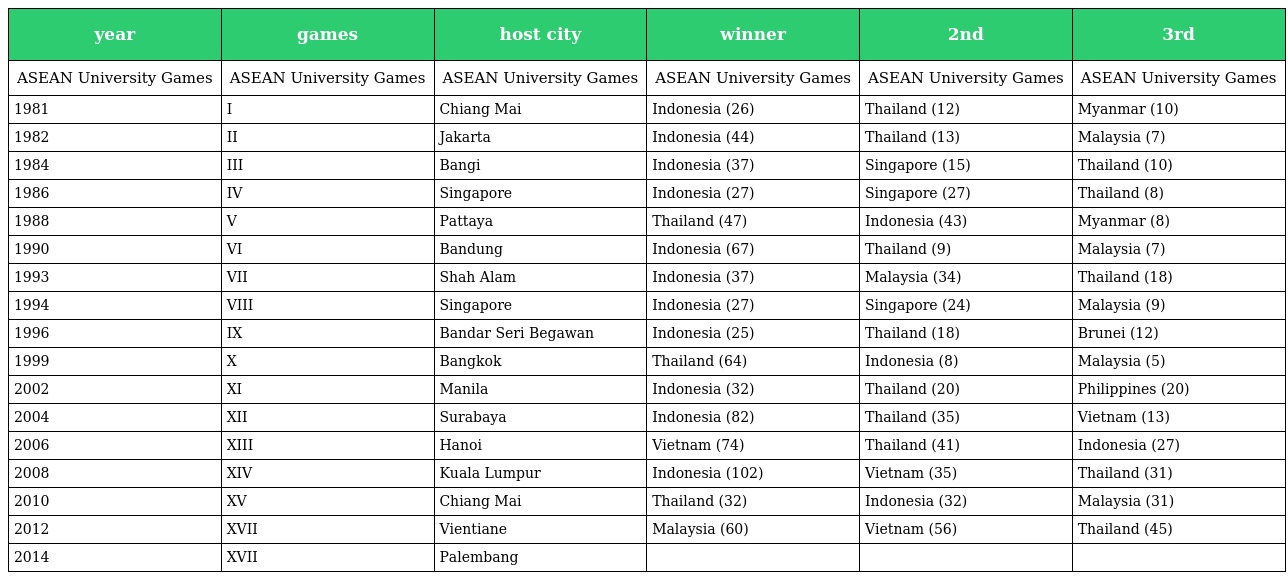
| year | games | host city | winner | 2nd | 3rd |
 | --- | --- | --- | --- | --- | --- |
 | ASEAN University Games | ASEAN University Games | ASEAN University Games | ASEAN University Games | ASEAN University Games | ASEAN University Games |
 | 1981 | I | Chiang Mai | Indonesia (26) | Thailand (12) | Myanmar (10) |
 | 1982 | II | Jakarta | Indonesia (44) | Thailand (13) | Malaysia (7) |
 | 1984 | III | Bangi | Indonesia (37) | Singapore (15) | Thailand (10) |
 | 1986 | IV | Singapore | Indonesia (27) | Singapore (27) | Thailand (8) |
 | 1988 | V | Pattaya | Thailand (47) | Indonesia (43) | Myanmar (8) |
 | 1990 | VI | Bandung | Indonesia (67) | Thailand (9) | Malaysia (7) |
 | 1993 | VII | Shah Alam | Indonesia (37) | Malaysia (34) | Thailand (18) |
 | 1994 | VIII | Singapore | Indonesia (27) | Singapore (24) | Malaysia (9) |
 | 1996 | IX | Bandar Seri Begawan | Indonesia (25) | Thailand (18) | Brunei (12) |
 | 1999 | X | Bangkok | Thailand (64) | Indonesia (8) | Malaysia (5) |
 | 2002 | XI | Manila | Indonesia (32) | Thailand (20) | Philippines (20) |
 | 2004 | XII | Surabaya | Indonesia (82) | Thailand (35) | Vietnam (13) |
 | 2006 | XIII | Hanoi | Vietnam (74) | Thailand (41) | Indonesia (27) |
 | 2008 | XIV | Kuala Lumpur | Indonesia (102) | Vietnam (35) | Thailand (31) |
 | 2010 | XV | Chiang Mai | Thailand (32) | Indonesia (32) | Malaysia (31) |
 | 2012 | XVII | Vientiane | Malaysia (60) | Vietnam (56) | Thailand (45) |
 | 2014 | XVII | Palembang |  |  |  |